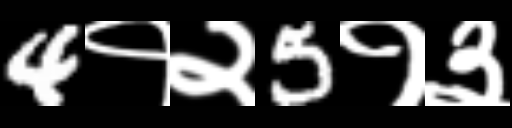
Text: 4१२5१३